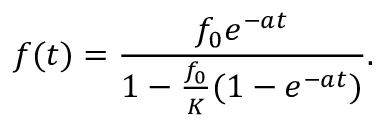
f ( t ) = \frac { f _ { 0 } e ^ { - a t } } { 1 - \frac { f _ { 0 } } { K } ( 1 - e ^ { - a t } ) } .